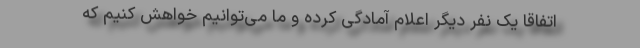
اتفاقاً یک نفر دیگر اعلام آمادگی کرده و ما می‌توانیم خواهش کنیم که